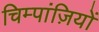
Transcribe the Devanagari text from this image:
चिम्पांज़ियों